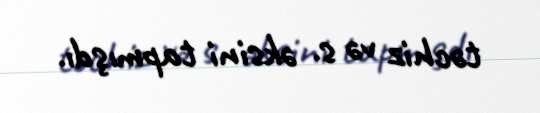
təchiz və s. əksini tapmışdı.